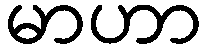
မာဟာ